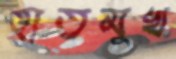
হাতমুখ